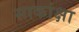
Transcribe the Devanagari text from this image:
साकांक्षा